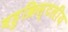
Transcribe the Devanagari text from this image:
बहुक्रिस्टलीय